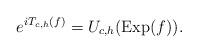
LaTeX: \begin{align*}e^{iT_{c,h}(f)} = U_{c,h}({\rm Exp}(f)).\end{align*}